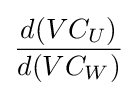
{\frac {d(VC_{U})}{d(VC_{W})}}